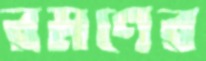
রমণের